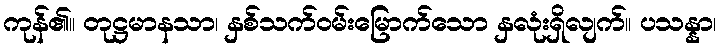
ကုန်၏။ တုဋ္ဌမာနသာ၊ နှစ်သက်ဝမ်းမြောက်သော နှလုံးရှိလျက်။ ပသန္နာ၊